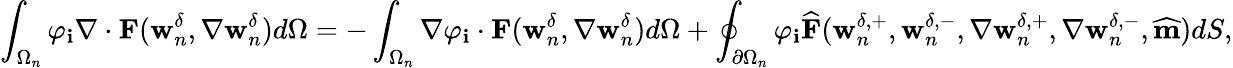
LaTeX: \int_{\Omega_{n}}\varphi_{\mathbf{i}}\nabla\cdot\textbf{{F}}(\textbf{{w}}_{n}^{\delta},\nabla\textbf{{w}}_{n}^{\delta})d\Omega=-\int_{\Omega_{n}}\nabla\varphi_{\mathbf{i}}\cdot\textbf{{F}}(\textbf{{w}}_{n}^{\delta},\nabla\textbf{{w}}_{n}^{\delta})d\Omega+\oint_{\partial\Omega_{n}}\varphi_{\mathbf{i}}\widehat{{\textbf{{F}}}}(\textbf{{w}}_{n}^{\delta,+},\textbf{{w}}_{n}^{\delta,-},\nabla\textbf{{w}}_{n}^{\delta,+},\nabla\textbf{{w}}_{n}^{\delta,-},\widehat{{\textbf{{m}}}})dS,